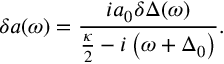
\delta { a } ( \omega ) = \frac { i a _ { 0 } \delta { \Delta } ( \omega ) } { \frac { \kappa } { 2 } - i \left( \omega + \Delta _ { 0 } \right) } .